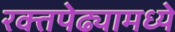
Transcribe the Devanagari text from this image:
रक्तपेढ्यामध्ये